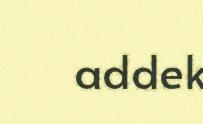
addek